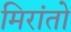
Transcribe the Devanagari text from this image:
मिरांतो